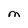
Character: M